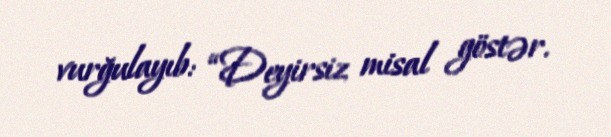
vurğulayıb: “Deyirsiz misal göstər.